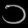
Digit: ၁